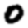
Digit: 0